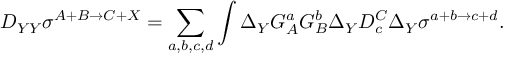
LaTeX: D _ { Y Y } \sigma ^ { A + B \rightarrow C + X } = \sum _ { a , b , c , d } \int \Delta _ { Y } G _ { A } ^ { a } G _ { B } ^ { b } \Delta _ { Y } D _ { c } ^ { C } \Delta _ { Y } \sigma ^ { a + b \rightarrow c + d } .